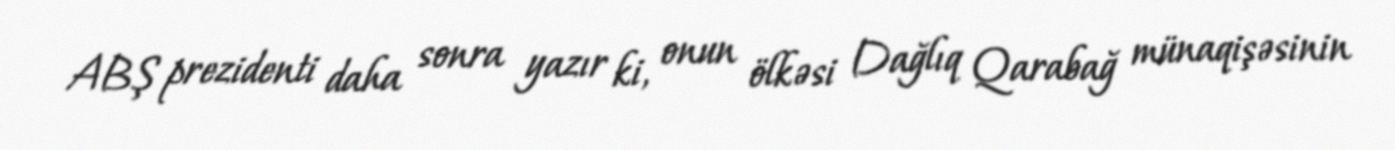
ABŞ prezidenti daha sonra yazır ki, onun ölkəsi Dağlıq Qarabağ münaqişəsinin